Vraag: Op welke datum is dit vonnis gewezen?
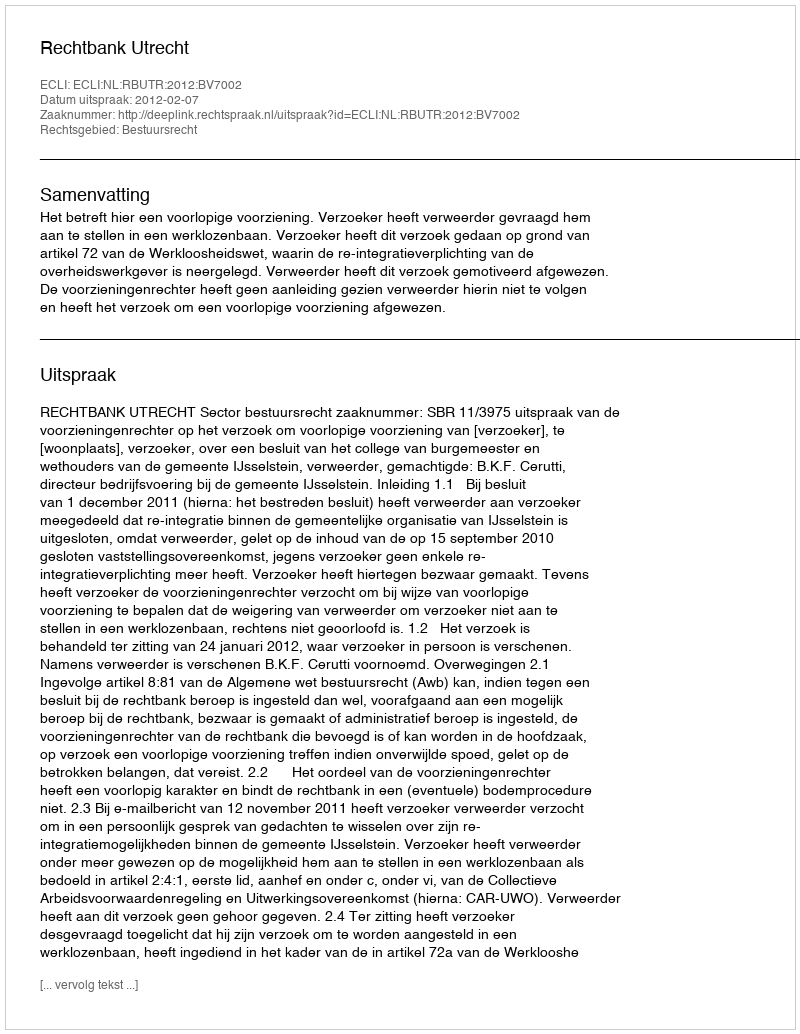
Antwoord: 2012-02-07